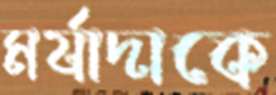
মর্যাদাকে